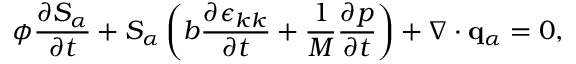
\phi \frac { \partial S _ { \alpha } } { \partial t } + S _ { \alpha } \left( b \frac { \partial \epsilon _ { k k } } { \partial t } + \frac { 1 } { M } \frac { \partial p } { \partial t } \right) + \nabla \cdot \mathbf { q } _ { \alpha } = 0 ,